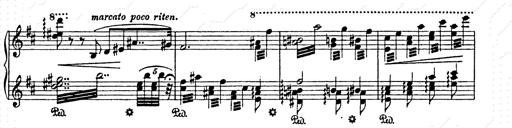
Title: AnnÃ©es de pÃ¨lerinage II
Composer: Franz Liszt